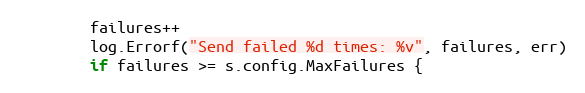
Language: Go
		failures++
		log.Errorf("Send failed %d times: %v", failures, err)
		if failures >= s.config.MaxFailures {